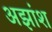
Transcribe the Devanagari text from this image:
अझांश